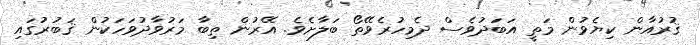
ޤުރުއާން ކިޔެވުން މަތީ އަބަދުވެސް ދެމިހުރެވޭތޯ ބަލާށެވެ. އޭރުން ތިބާ މަރުވާދުވަހަކުން ޤަބުރުގައި